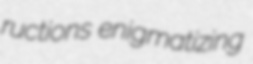
ructions enigmatizing